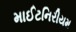
માઈટનિરીયમ